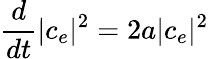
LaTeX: \frac{d}{dt}|c_{e}|^{2}=2a|c_{e}|^{2}